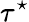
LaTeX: \tau^{\star}